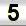
Digit: 5